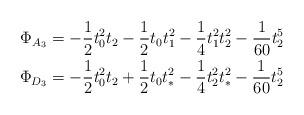
LaTeX: \begin{align*} \Phi_{A_3} &= -\frac{1}{2}t_0^2t_2 - \frac{1}{2}t_0t_1^2 - \frac{1}{4} t_1^2t_2^2 - \frac{1}{60}t_2^5\\ \Phi_{D_3} &= -\frac{1}{2} t_0^2 t_2 + \frac{1}{2} t_0 t_\ast^2 - \frac{1}{4} t_2^2 t_\ast^2 -\frac{1}{60} t_2^5 \end{align*}